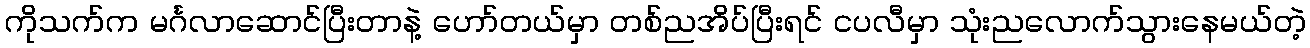
ကိုသက်က မင်္ဂလာဆောင်ပြီးတာနဲ့ ဟော်တယ်မှာ တစ်ညအိပ်ပြီးရင် ငပလီမှာ သုံးညလောက်သွားနေမယ်တဲ့